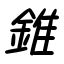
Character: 錐